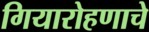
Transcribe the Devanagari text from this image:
गियारोहणाचे